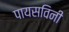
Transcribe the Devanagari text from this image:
पायसविनी